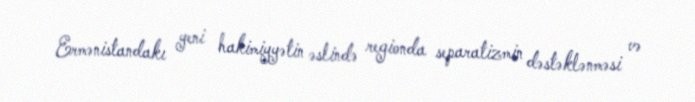
Ermənistandakı yeni hakimiyyətin əslində regionda separatizmin dəstəklənməsi və